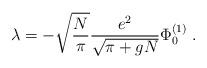
LaTeX: \begin{align*}\lambda = - \sqrt{\frac{N}{\pi}} \frac{e^2}{\sqrt{\pi + gN}}\Phi^{(1)}_0 \; .\end{align*}